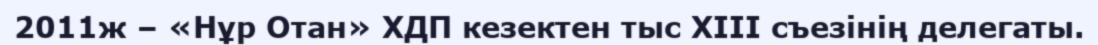
2011ж – «Нұр Отан» ХДП кезектен тыс ХІІІ съезінің делегаты.